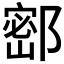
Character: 𰻺